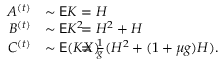
\begin{array} { r l r l } { A ^ { ( t ) } } & { \sim \mathsf E K } & & { \! \! \! \! \! \! \! \! \! \! \! \! \! \! \! \! \! \! \! \! = H } \\ { B ^ { ( t ) } } & { \sim \mathsf E K ^ { 2 } } & & { \! \! \! \! \! \! \! \! \! \! \! \! \! \! \! \! \! \! \! \! = H ^ { 2 } + H } \\ { C ^ { ( t ) } } & { \sim \mathsf E ( K X ) } & & { \! \! \! \! \! \! \! \! \! \! \! \! \! \! \! \! \! \! \! \! = \frac { 1 } { g } ( H ^ { 2 } + ( 1 + \mu g ) H ) . } \end{array}